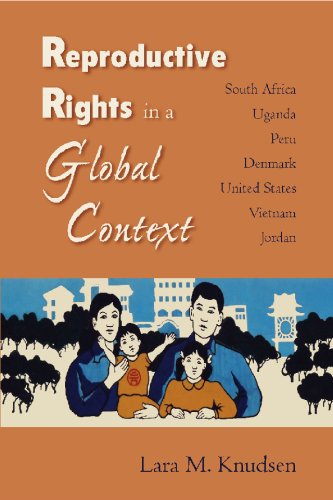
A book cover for Reproductive Rights in a Global Context: South Africa, Uganda, Peru, Denmark, United States, Vietnam, Jordan; Lara M. Knudsen; Gay & Lesbian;